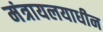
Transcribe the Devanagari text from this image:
मंत्रायलयाधीन